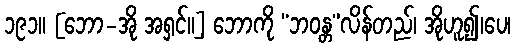
၁၉၁။ [ဘော-အို အရှင်။] ဘောကို “ဘဝန္တ”လိန်တည်၊ အိုဟူ၍၊ပေ၊